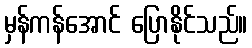
မှန်ကန်အောင် ပြောနိုင်သည်။